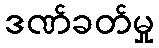
ဒဏ်ခတ်မှု